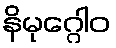
နိမုဂ္ဂေါဝ